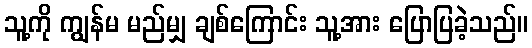
သူ့ကို ကျွန်မ မည်မျှ ချစ်ကြောင်း သူ့အား ပြောပြခဲ့သည်။